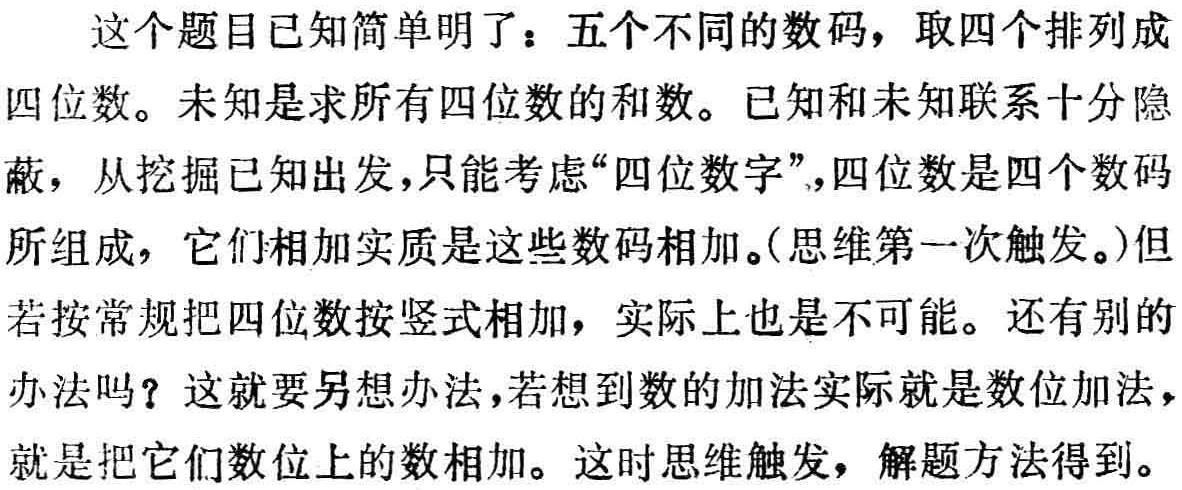
这个题目已知简单明了：五个不同的数码，取四个排列成

四位数。未知是求所有四位数的和数。已知和未知联系十分隐

蔽，从挖掘已知出发，只能考虑“四位数字”，四位数是四个数码

所组成，它们相加实质是这些数码相加。(思维第一次触发。)但

若按常规把四位数按竖式相加，实际上也是不可能。还有别的

办法吗？这就要另想办法，若想到数的加法实际就是数位加法，

就是把它们数位上的数相加。这时思维触发，解题方法得到。